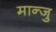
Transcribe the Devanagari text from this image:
मान्जु